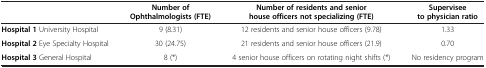
<table><thead><tr><td><b> </b></td><td><b>Number of Ophthalmologists (FTE)</b></td><td><b>Number of residents and senior house officers not specializing (FTE)</b></td><td><b>Supervisee to physician ratio</b></td></tr></thead><tbody><tr><td><b>Hospital 1</b> University Hospital</td><td>9 (8.31)</td><td>12 residents and senior house officers (9.78)</td><td>1.33</td></tr><tr><td><b>Hospital 2</b> Eye Specialty Hospital</td><td>30 (24.75)</td><td>21 residents and senior house officers (21.9)</td><td>0.70</td></tr><tr><td><b>Hospital 3</b> General Hospital</td><td>8 (*)</td><td>4 senior house officers on rotating night shifts (*)</td><td>No residency program</td></tr></tbody></table>